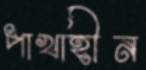
পাখাহীন